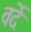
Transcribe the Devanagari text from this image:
वर्देे